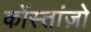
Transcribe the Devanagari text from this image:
कोंस्तांज़ो